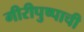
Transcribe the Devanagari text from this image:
गीरीपुष्पाची